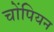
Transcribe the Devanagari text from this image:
चोंपियन